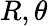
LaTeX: R,\theta